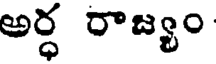
అర్ధ రాజ్యం